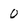
Character: 0